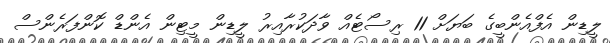
ލީޑިން އެފްއެންބީގެ ބަޔަށް 11 ރިސޯޓެއް ވާދަކުރާއިރު ލީޑިން މީޓިން އެންޑް ކޮންފަރެންސް